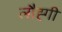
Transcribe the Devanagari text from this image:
लौह्गी